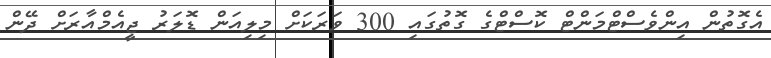
އެގޮތުން އިންވެސްޓްމަންޓް ކޮސްޓްގެ ގޮތުގައި 300 ވަރަކަށް މިލިއަން ޑޮލަރު ޖީއެމްއާރަށް ދޭން